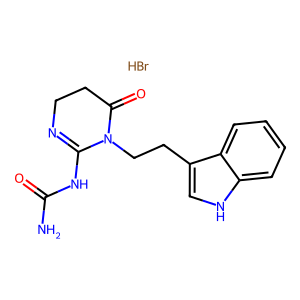
SMILES: Br.NC(=O)NC1=NCCC(=O)N1CCc1c[nH]c2ccccc12
Inhibits HIV replication: No